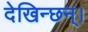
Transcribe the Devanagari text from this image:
देखिन्छन्।